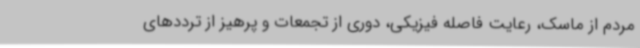
مردم از ماسک، رعایت فاصله فیزیکی، دوری از تجمعات و پرهیز از ترددهای